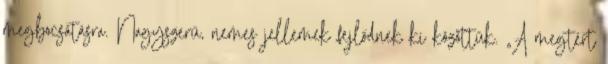
megbocsátásra. Nagyszerű, nemes jellemek fejlődnek ki közöttük. „A megtért